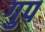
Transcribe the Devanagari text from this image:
गुप